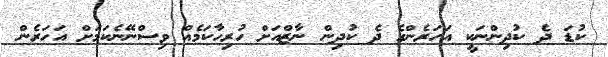
ކުޑަ ދެ ކުދިންނަކީ އަހަރެންގެ ދެ ކުދިން ނާޒްއަށް ހުރިހާކަމެއް ވިސްނޭނެކަމަށް އަހަރެން